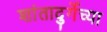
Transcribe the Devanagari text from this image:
शांतादुर्गेच्या